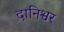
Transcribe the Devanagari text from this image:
दानिश्वर